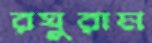
রঘুরাম